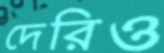
দেরিও